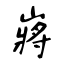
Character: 嶈